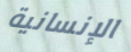
الإنسانية